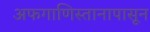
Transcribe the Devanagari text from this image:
अफगाणिस्तानापासून